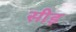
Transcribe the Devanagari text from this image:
सीड़